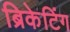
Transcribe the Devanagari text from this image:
ब्रिकेटिंग